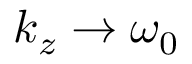
k _ { z } \rightarrow \omega _ { 0 }